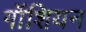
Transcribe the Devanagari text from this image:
गॉशियन